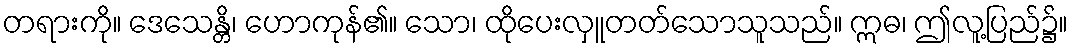
တရားကို။ ဒေသေန္တိ၊ ဟောကုန်၏။ သော၊ ထိုပေးလှူတတ်သောသူသည်။ ဣဓ၊ ဤလူ့ပြည်၌။